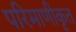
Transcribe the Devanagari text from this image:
परिमाणीकृत